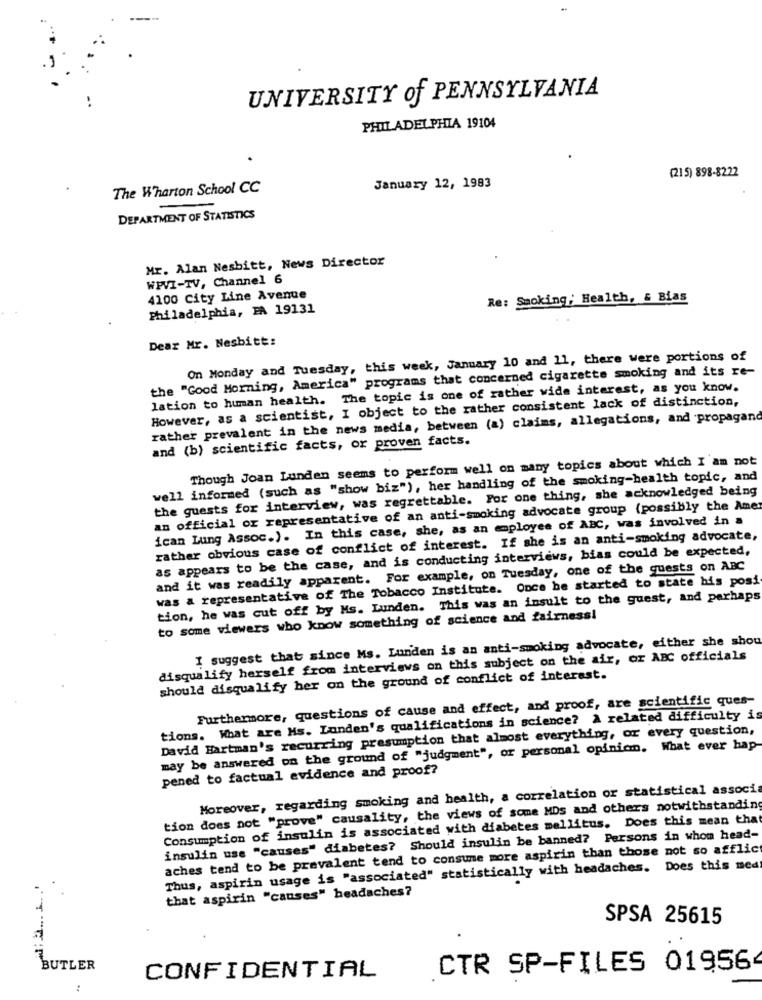
UNIVERSITY of PENNSYLVANIA
PHILADELPHIA 19104
(215) 898-8222
The Wharton School CC
January 12, 1983
DEPARTMENT OF STATISTICS
Mr. Alan Nesbitt, News Director
WPVI-TV, Channel 6
4100 City Line Avenue
Re: Smoking; Health, & Bias
Philadelphia, FA 19131
Dear Mr. Nesbitt:
On Monday and Tuesday, this week, January 10 and 11, there were portions of
the "Good Morning, America" programs that concerned cigarette smoking and its re-
lation to human health. The topic is one of rather wide interest, as you know.
However, as a scientist, I object to the rather consistent lack of distinction,
rather prevalent in the news media, between (a) claims, allegations, and propagand
and (b) scientific facts, or proven facts.
Though Joan Lunden seems to perform well on many topics about which I am not
well informed (such as "show biz"), her handling of the smoking-health topic, and
the guests for interview, was regrettable. For one thing, she acknowledged being
an official or representative of an anti-smoking advocate group (possibly the Amer
ican Lung Assoc.). In this case, she, as an employee of ABC, was involved in a
rather obvious case of conflict of interest. If she is an anti-smoking advocate,
as appears to be the case, and is conducting interviews, bias could be expected,
and it was readily apparent. For example, on Tuesday, one of the guests on ABC
was a representative of The Tobacco Institute. Once he started to state bis posi
tion, he was cut off by Ms. Lunden. This was an insult to the guest, and perhaps
to some viewers who know something of science and fairness!
I suggest that since Ms. Lunden is an anti-smoking advocate, either she shou
disqualify herself from interviews on this subject on the air, or ABC officials
should disqualify her on the ground of conflict of interest.
Furthermore, questions of cause and effect, and proof, are scientific ques-
tions. What are Ms. Landen's qualifications in science? & related difficulty is
David Hartman's recurring presumption that almost everything, or every question,
may be answered on the ground of "judgment", or personal opinion. What ever hap
pened to factual evidence and proof?
Moreover, regarding smoking and health, a correlation or statistical associ
tion does not "prove" causality, the views of some MDs and others notwithstanding
Consumption of insulin is associated with diabetes mellitus. Does this mean that
insulin use "causes" diabetes? Should insulin be banned? Persons in whom head-
aches tend to be prevalent tend to consume more aspirin than those not so afflic
Thus, aspirin usage is "associated" statistically with headaches. Does this med
that aspirin "causes" headaches?
SPSA 25615
BUTLER
CTR SP-FILES 01956
CONFIDENTIAL
..